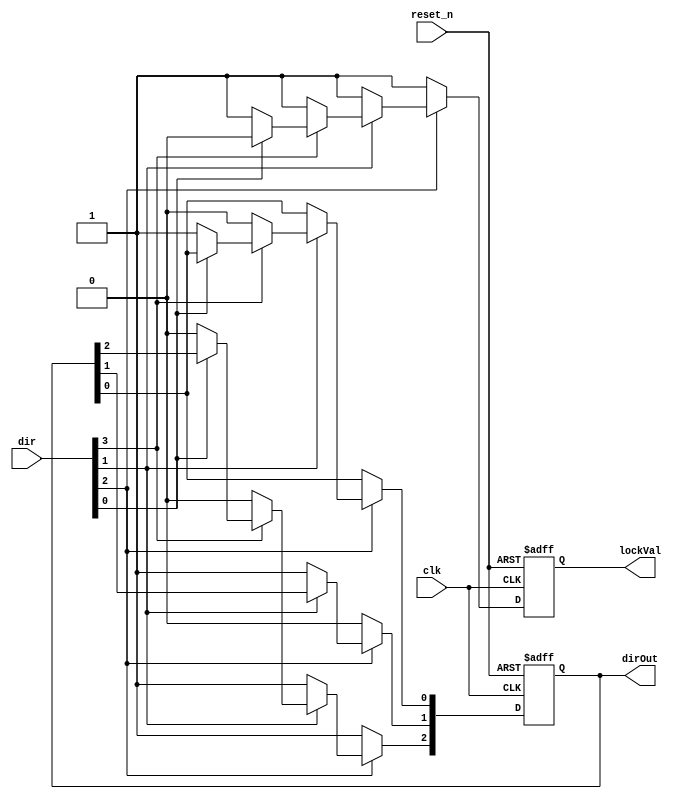
//dirOut[1] == 0 => up and dirOut[0] == 0 => Left.
module dirControl(
		input clk,
		input [3:0] dir,
		input reset_n,
		output reg lockVal,
		output reg [2:0] dirOut
	);
	
	wire input1 = dir[3];
	wire input2 = dir[2];
	wire input3 = dir[1];
	wire input4 = dir[0];
	
	always @(posedge clk, negedge reset_n)
	begin
		if (!reset_n)
		begin
			dirOut <= 3'b0;
			lockVal <= 0;
		end
		else
		begin
			if (~input2)
			begin
				dirOut[1] <= 0;
				dirOut[2] <= 1;
				lockVal <= 1;
			end
			else if (~input3)
			begin
				
				dirOut[1] <= 1;
				dirOut[2] <= 1;
				lockVal <= 1;
			end
			else if (~input1)
			begin
				dirOut[0] <= 0;
				dirOut[2] <= 0;
				lockVal <= 1;
			end
			else if (~input4)
			begin
				dirOut[0] <= 1;
				dirOut[2] <= 0;
				lockVal <= 1;
			end
			else
				lockVal <= 0;
			
		end
	end
endmodule